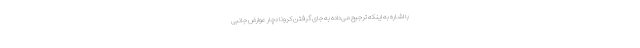
با اشاره به اینکه ترجیح می‌داده به جای گرفتن کرونا دچار عوارض جانبی